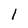
Character: l